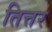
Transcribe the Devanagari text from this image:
तित्तर